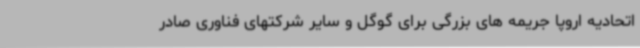
اتحادیه اروپا جریمه های بزرگی برای گوگل و سایر شرکتهای فناوری صادر